Account of plague administration in the Bombay Presidency from September 1896 till May 1897
Year: 1896
Disease focus: Plague
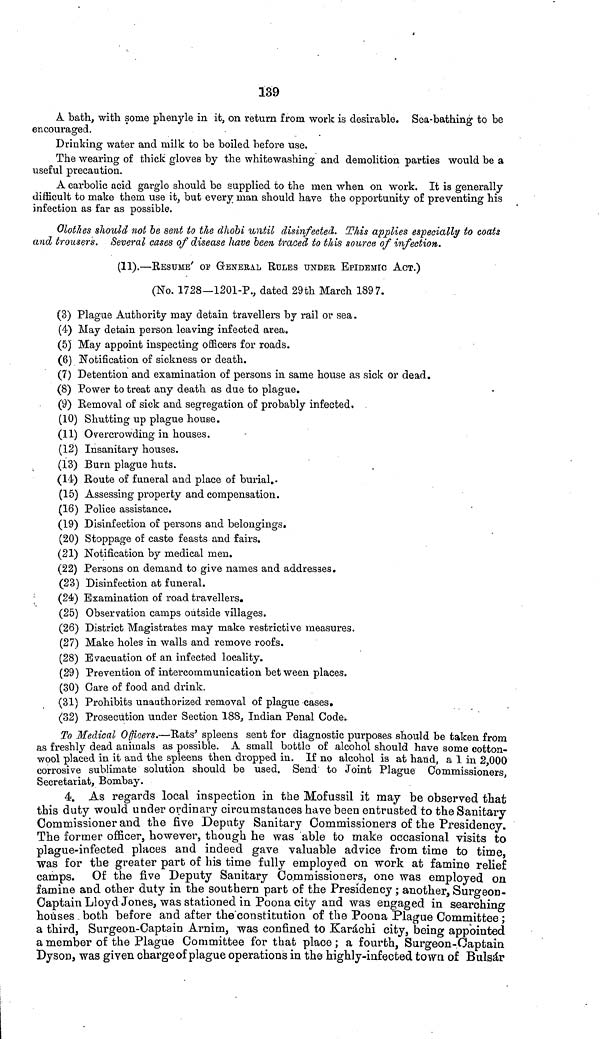
139
A bath, with some phonyle in it, on return from work is desirable. Sea-bathing to be
encouraged.
Drinking water and milk to be boiled before use.
The wearing of thick gloves by the whitewashing and demolition parties would be a
useful precaution.
A carbolic acid gargle should be supplied to the men when on work. It is generally
difficult to make them use it, but every man should have the opportunity of preventing his
infection as far as possible.
Olothes should not be sent to the dhobi until disinfected. This applies especially to coats
and trousers. Several cases of disease have been traced to this source of infection.
(11).—RESUMÉ OF GENERAL RULES UNDER EPIDEMIC ACT.)
(No. 1728—1201-P., dated 29th March 1897.
(3) Plague Authority may detain travellers by rail or sea.
(4) May detain person leaving infected area.
(5) May appoint inspecting officers for roads.
(6) Notification of sickness or death.
(7) Detention and examination of persons in same house as sick or dead.
(8) Power to treat any death as due to plague.
(9) Removal of sick and segregation of probably infected.
(10) Shutting up plague house.
(11) Overcrowding in houses.
(12) Insanitary houses.
(13) Burn plague huts.
(14) Route of funeral and place of burial.
(15) Assessing property and compensation.
(16) Police assistance.
(19) Disinfection of persons and belongings.
(20) Stoppage of caste feasts and fairs.
(21) Notification by medical men.
(22) Persons on demand to give names and addresses.
(23) Disinfection at funeral.
(24) Examination of road travellers.
(25) Observation camps outside villages.
(26) District Magistrates may make restrictive measures.
(27) Make holes in walls and remove roofs.
(28) Evacuation of an infected locality.
(29) Prevention of intercommunication bet ween places.
(30) Care of food and drink.
(31) Prohibits unauthorized removal of plague cases.
(32) Prosecution under Section 188, Indian Penal Code.
To Medical Officers.—Rats' spleens sent for diagnostic purposes should be taken from
as freshly dead animals as possible. A small bottle of alcohol should have some cotton-
wool placed in it and the spleens then dropped in. If no alcohol is at hand, a 1 in 2,000
corrosive sublimate solution should be used. Send to Joint Plague Commissioners,
Secretariat, Bombay.
4. As regards local inspection in the Mofussil it may be observed that
this duty would under ordinary circumstances have been entrusted to the Sanitary
Commissioner and the five Deputy Sanitary Commissioners of the Presidency.
The former officer, however, though he was able to make occasional visits to
plague-infected places and indeed gave valuable advice from time to time,
was for the greater part of his time fully employed on work at famine relief
camps. Of the five Deputy Sanitary Commissioners, one was employed on
famine and other duty in the southern part of the Presidency ; another, Surgeon-
Captain Lloyd Jones, was stationed in Poona city and was engaged in searching
houses both before and after the constitution of the Poona Plague Committee ;
a third, Surgeon-Captain Arnim, was confined to Karachi city, being appointed
a member of the Plague Committee for that place; a fourth, Surgeon-Captain
Dyson, was given charge of plague operations in the highly-infected town of Bulsar